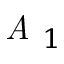
\textit { A } _ { 1 }